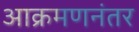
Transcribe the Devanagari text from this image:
आक्रमणनंतर